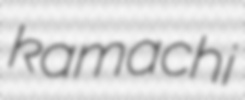
kamachi